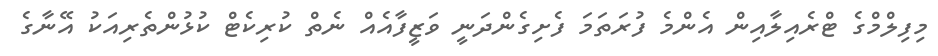
މިފިލްމްގެ ޓްރެއިލާއިން އެންމެ ފުރަތަމަ ފެށިގެންދަނީ ވަޒީފާއެއް ނެތް ކުރިކެޓް ކުޅުންތެރިއަކު އޭނާގެ